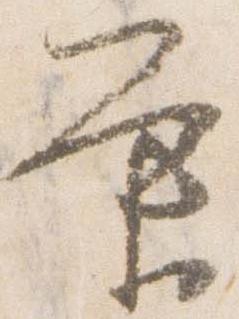
条